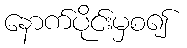
နောက်ပိုင်းမှစ၍